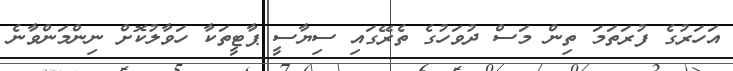
އަހަރުގެ ފުރަތަމަ ތިން މަސް ދުވަހުގެ ތެރޭގައި ސިޔާސީ ޕާޓީތަކާ ހަވާލުކޮށް ނިންމަންވާނެ